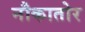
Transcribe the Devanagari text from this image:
नौकातोर